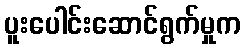
ပူးပေါင်းဆောင်ရွက်မှုက